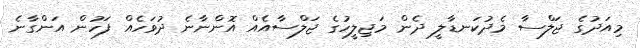
މިއަދުގެ ޖަލްސާ މެދުކަނޑާލީ ދެން މަޖިލީހުގެ ޖަލްސާއެއް އޮންނާނެ ދުވަހެއް ފަހުން އަންގާނެ